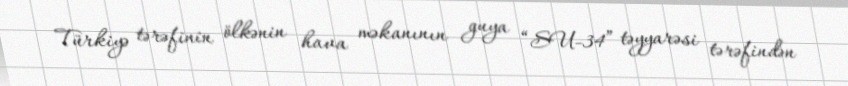
Türkiyə tərəfinin ölkənin hava məkanının guya “SU-34” təyyarəsi tərəfindən